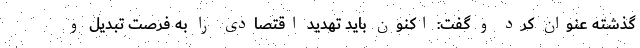
گذشته عنوان کرد و گفت: اکنون باید تهدید اقتصادی را به فرصت تبدیل و